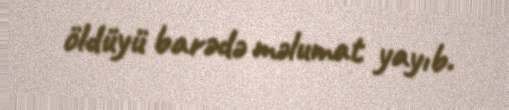
öldüyü barədə məlumat yayıb.